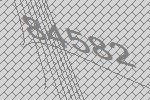
84582